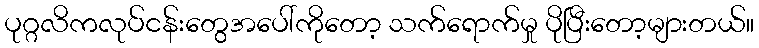
ပုဂ္ဂလိကလုပ်ငန်းတွေအပေါ်ကိုတော့ သက်ရောက်မှု ပိုပြီးတော့များတယ်။